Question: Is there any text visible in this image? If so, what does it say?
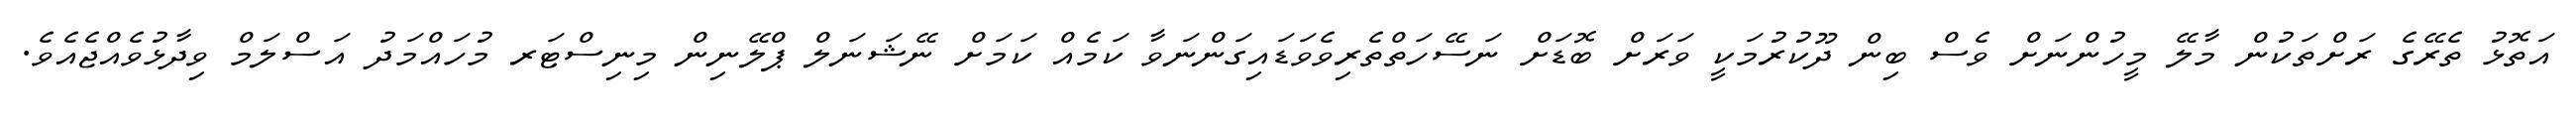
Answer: އަތޮޅު ތެރޭގެ ރަށްތަކުން މާލޭ މީހުންނަށް ވެސް ބިން ދޫކުރުމަކީ ވަރަށް ބޮޑަށް ނަސޭހަތްތެރިވެވަޑައިގަންނަވާ ކަމެއް ކަމަށް ނޭޝަނަލް ޕްލޭނިން މިނިސްޓަރ މުހައްމަދު އަސްލަމް ވިދާޅުވެއްޖެއެވެ.